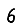
Digit: 6